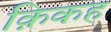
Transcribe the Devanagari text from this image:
क़िकह